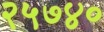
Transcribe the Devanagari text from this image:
२५७४०